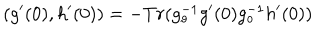
( g ^ { \prime } ( 0 ) , h ^ { \prime } ( 0 ) ) = - T r ( g _ { o } ^ { - 1 } g ^ { \prime } ( 0 ) g _ { o } ^ { - 1 } h ^ { \prime } ( 0 ) )